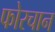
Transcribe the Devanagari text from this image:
फोरचान